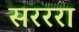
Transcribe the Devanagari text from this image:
सरररा